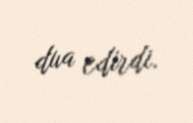
dua edirdi.